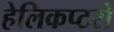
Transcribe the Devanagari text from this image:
हेलिकप्टरों